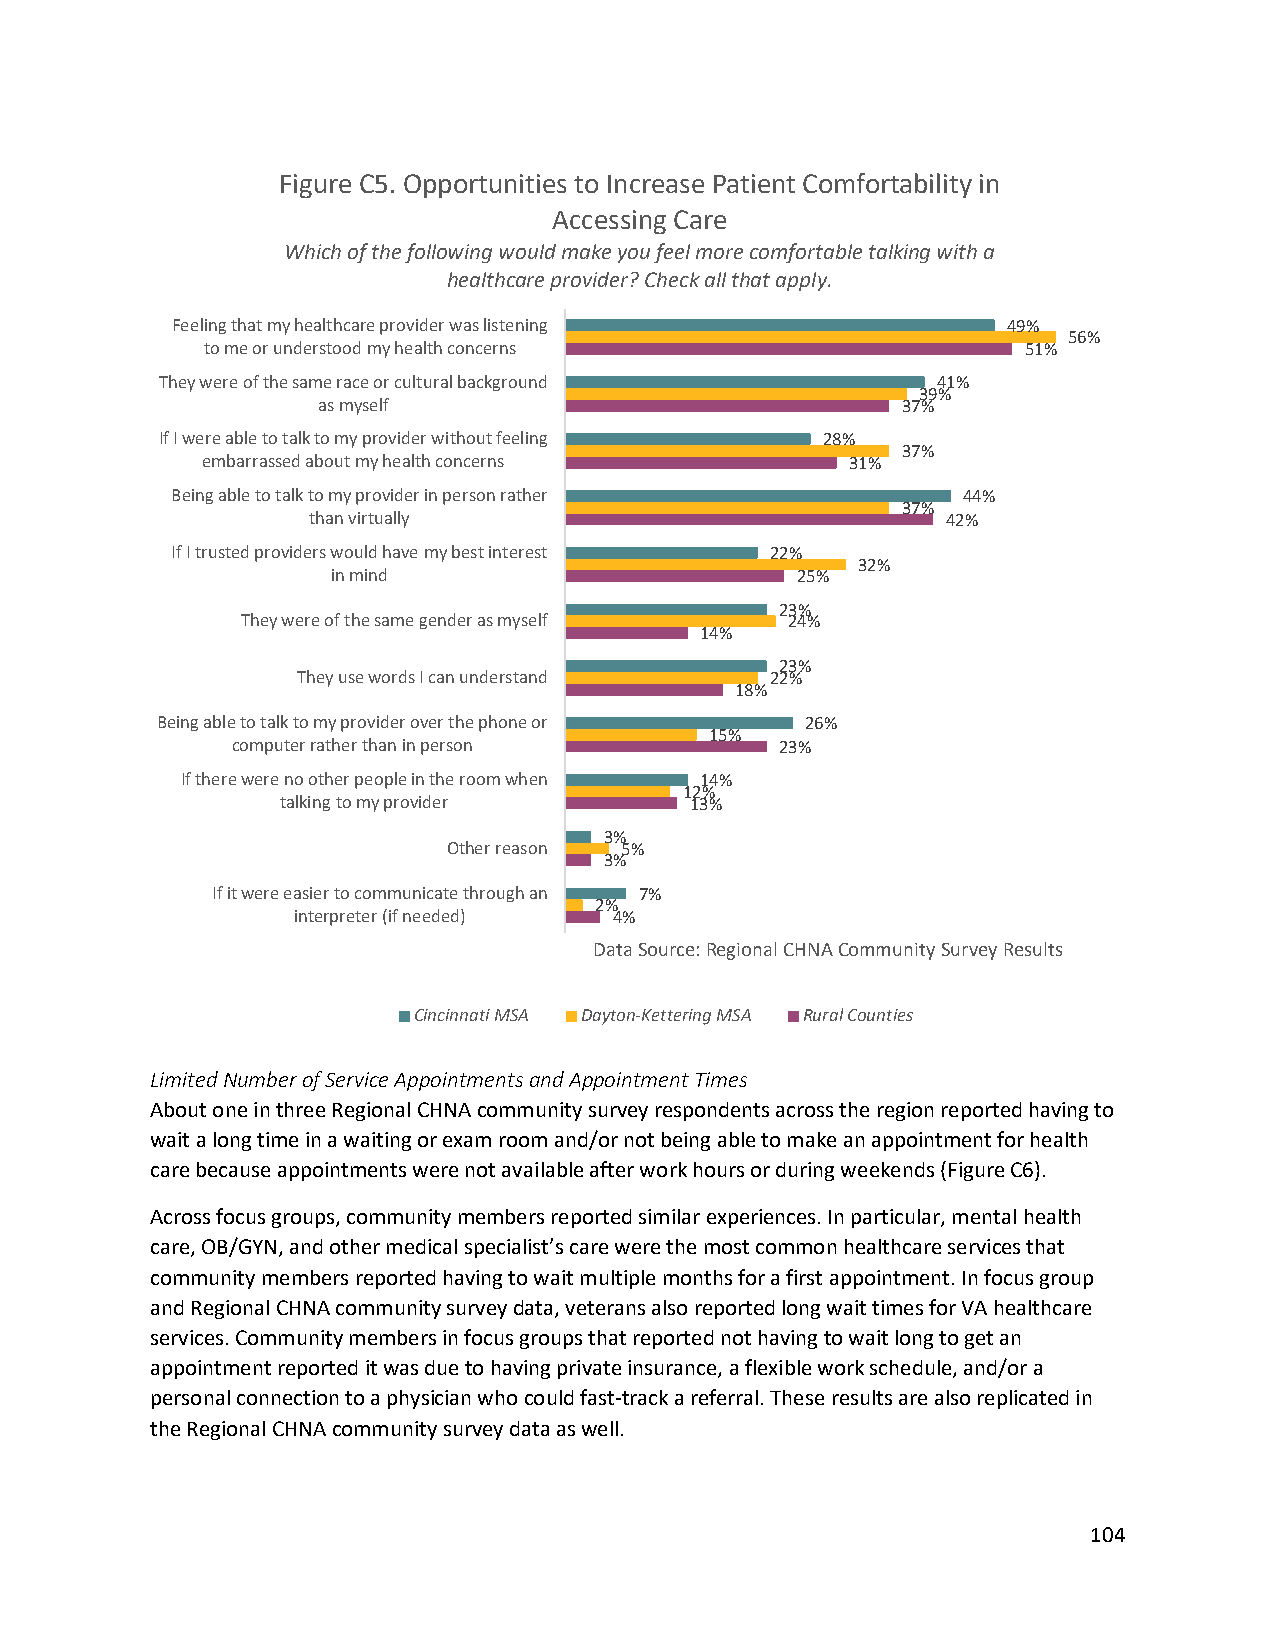
Figure C5. Opportunities to Increase Patient Comfortability in
 Accessing Care
 Which of the following would make you feel more comfortable talking with a
 healthcare provider? Check all that apply.
 Feeling that my healthcare provider was listening       49%
 56%
 to me or understood my health concerns                51%
 They were of the same race or cultural background  41%
 39%
 as myself                              37%
 If I were able to talk to my provider without feeling 28%
 37%
 embarrassed about my health concerns       31%
 Being able to talk to my provider in person rather   44%
 37%
 than virtually                             42%
 If I trusted providers would have my best interest 22%
 32%
 in mind                        25%
 23%
 They were of the same gender as myself 24%
 14%
 23%
 They use words I can understand 22%
 18%
 Being able to talk to my provider over the phone or 26%
 15%
 computer rather than in person       23%
 If there were no other people in the room when 14%
 12%
 talking to my provider     13%
 3%
 Other reason 5%
 3%
 If it were easier to communicate through an 7%
 2%
 interpreter (if needed) 4%
 Data Source: Regional CHNACommunity Survey Results
 Cincinnati MSA Dayton-Kettering MSA Rural Counties
 Limited Number of Service Appointments and Appointment Times
 About one in three Regional CHNA community survey respondents across the region reported having to
 wait a long time in a waiting or exam room and/or not being able to make an appointment for health
 care because appointments were not available after work hours or during weekends (Figure C6).
 Across focus groups, community members reported similar experiences. In particular, mental health
 care, OB/GYN, and other medical specialist’s care were the most common healthcare services that
 community members reported having to wait multiple months for a first appointment. In focus group
 and Regional CHNA community survey data, veterans also reported long wait times for VA healthcare
 services. Community members in focus groups that reported not having to wait long to get an
 appointment reported it was due to having private insurance, a flexible work schedule, and/or a
 personal connection to a physician who could fast-track a referral. These results are also replicated in
 the Regional CHNA community survey data as well.
 104